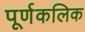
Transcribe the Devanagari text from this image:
पूर्णकलिक